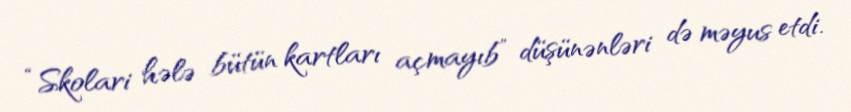
“Skolari hələ bütün kartları açmayıb” düşünənləri də məyus etdi.